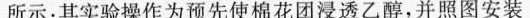
所示：其实验操作为预先使棉花团浸透乙醇，并照图安装